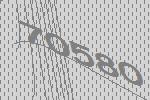
70580